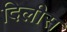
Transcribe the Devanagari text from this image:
दिलीस